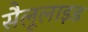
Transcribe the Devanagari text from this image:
सैलूलाइड